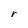
Character: r